Civil Veterinary Department Bengal reports 1933-51 - 1933-1951
Year: 1933
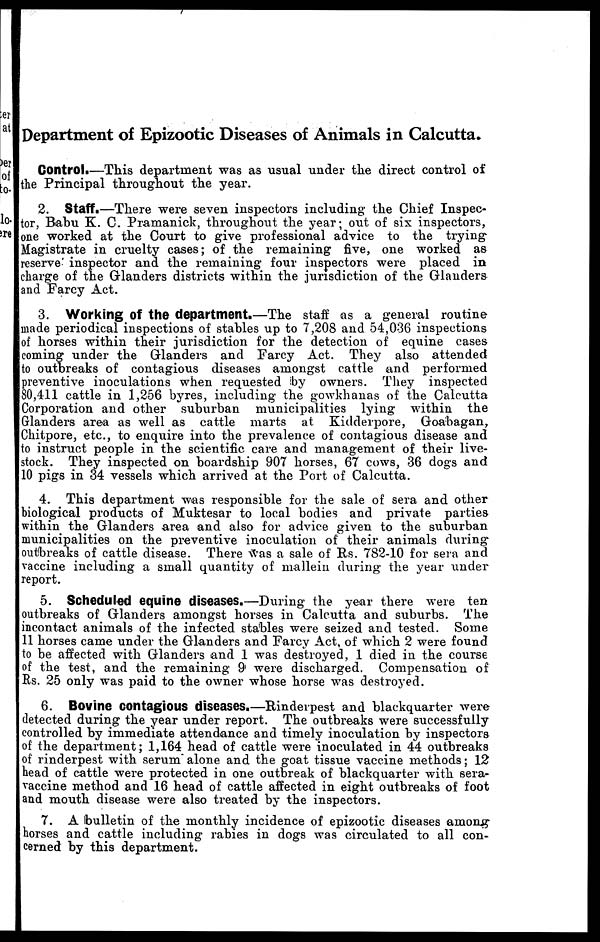
Department of Epizootic Diseases of Animals in Calcutta.
Control.—This department was as usual under the direct control of
the Principal throughout the year.
2. Staff.—There were seven inspectors including the Chief Inspec-
tor, Babu K. C. Pramanick, throughout the year; out of sis inspectors,
one worked at the Court to give professional advice to the trying
Magistrate in cruelty cases; of the remaining five, one worked as
reserve inspector and the remaining four inspectors were placed in
charge of the Glanders districts within the jurisdiction of the Glanders
and Farcy Act.
3. Working of the department.—The staff as a general routine
made periodical inspections of stables up to 7,208 and 54,036 inspections
of horses within their jurisdiction for the detection of equine cases
coming under the Glanders and Farcy Act. They also attended
to outbreaks of contagious diseases amongst cattle and performed
preventive inoculations when requested by owners. They inspected
80,411 cattle in 1,256 byres, including the gowkhanas of the Calcutta
Corporation and other suburban municipalities lying within the
Glanders area as well as cattle marts at Kidderpore, Goabagan,
Chitpore, etc., to enquire into the prevalence of contagious disease and
to instruct people in the scientific care and management of their live-
stock. They inspected on boardship 907 horses, 67 cows, 36 dogs and
10 pigs in 34 vessels which arrived at the Port of Calcutta.
4. This department was responsible for the sale of sera and other
biological products of Muktesar to local bodies and private parties
within the Glanders area and also for advice given to the suburban
municipalities on the preventive inoculation of their animals during-
outbreaks of cattle disease. There was a sale of Rs. 782-10 for sera and
vaccine including a small quantity of mallein during the year under
report.
5. Scheduled equine diseases.—During the year there were ten
outbreaks of Glanders amongst horses in Calcutta and suburbs. The
incontact animals of the infected stables were seized and tested. Some
11 horses came under the Glanders and Farcy Act, of which 2 were found
to be affected with Glanders and 1 was destroyed, 1 died in the course
of the test, and the remaining 9 were discharged. Compensation of
Rs. 25 only was paid to the owner whose horse was destroyed.
6. Bovine contagious diseases.—Rinderpest and blackquarter were
detected during the year under report. The outbreaks were successfully
controlled by immediate attendance and timely inoculation by inspectors
of the department; 1,164 head of cattle were inoculated in 44 outbreaks
of rinderpest with serum" alone and the goat tissue vaccine methods; 12
head of cattle were protected in one outbreak of blackquarter with sera-
vaccine method and 16 head of cattle affected in eight outbreaks of foot
and mouth disease were also treated by the inspectors.
7. A bulletin of the monthly incidence of epizootic diseases among-
horses and cattle including rabies in dogs was circulated to all con-
cerned by this department.